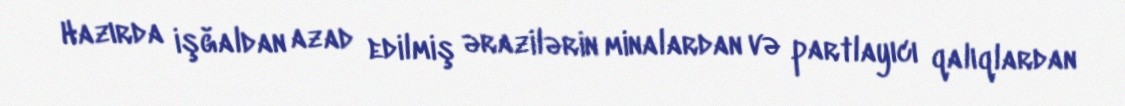
Hazırda işğaldan azad edilmiş ərazilərin minalardan və partlayıcı qalıqlardan